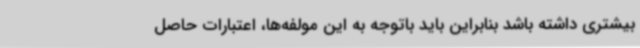
بیشتری داشته باشد بنابراین باید باتوجه به این مولفه‌ها، اعتبارات حاصل